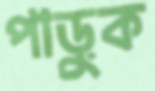
পাড়ুক